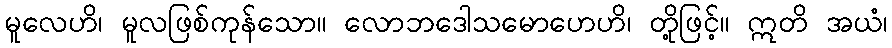
မူလေဟိ၊ မူလဖြစ်ကုန်သော။ လောဘဒေါသမောဟေဟိ၊ တို့ဖြင့်။ ဣတိ အယံ၊